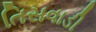
તિસવાડી